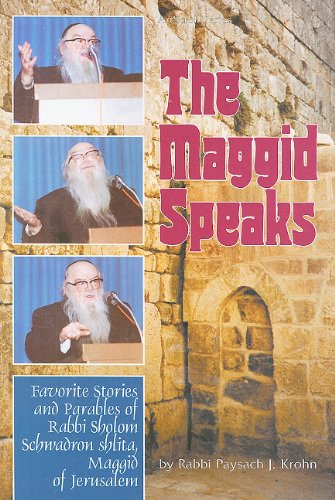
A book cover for The Maggid Speaks: Favorite Stories and Parables of Rabbi Sholom Schwadron Shlita, Maggid of Jerusalem (ArtScroll (Mesorah)); Paysach J. Krohn; Religion & Spirituality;